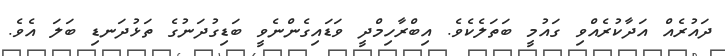
ދައުރެއް އަދާކުރެއްވި ގައުމީ ބަތަލެކެވެ. އިބްރާހިމްދީ ވަޑައިގެންނެވީ ބަޑިގުދަނުގެ ތަޅުދަނޑި ބަލަ އެވެ.